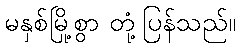
မနှစ်မြို့စွာ တုံ့ပြန်သည်။